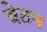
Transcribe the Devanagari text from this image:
बेठन